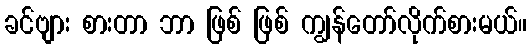
ခင်ဗျား စားတာ ဘာ ဖြစ် ဖြစ် ကျွန်တော်လိုက်စားမယ်။